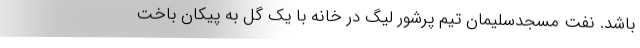
باشد. نفت مسجدسلیمان تیم پرشور لیگ در خانه با یک گل به پیکان باخت